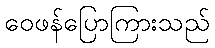
ဝေဖန်ပြောကြားသည်